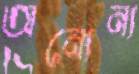
অন্যেন্য